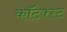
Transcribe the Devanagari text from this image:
कॉंटेक्स्ट